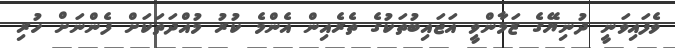
ވެފައިވަނީ ދުނިޔޭގެ ޒަމާންވީ އަޖައިބުތަކުގެ ތެރެއިން އެންމެ ކުރު މުއްދަތަކަށް ފެންނަށް ހުރި